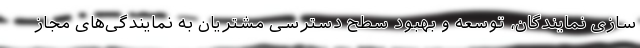
سازی نمایندگان، توسعه و بهبود سطح دسترسی مشتریان به نمایندگی‌های مجاز